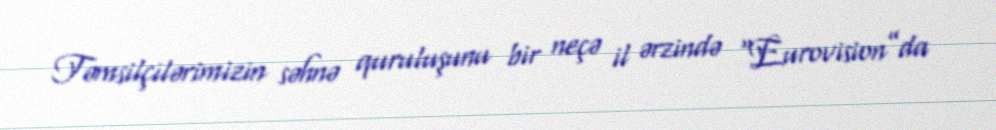
Təmsilçilərimizin səhnə quruluşunu bir neçə il ərzində “Eurovision”da